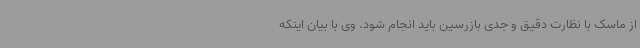
از ماسک با نظارت دقیق و جدی بازرسین باید انجام شود. وی با بیان اینکه